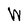
Character: W